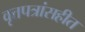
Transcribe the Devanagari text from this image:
वृत्तपत्रांसहीत